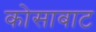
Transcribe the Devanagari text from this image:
कोसाबाट